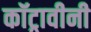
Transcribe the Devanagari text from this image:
कॉट्रावीनी